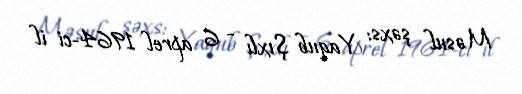
Məsul şəxs: Yaqub Şıxlı - 6 aprel 1964-ci il